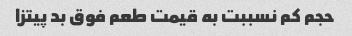
حجم کم نسببت به قیمت طعم فوق بد پیتزا